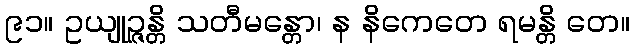
၉၁။ ဥယျုဉ္ဇန္တိ သတီမန္တော၊ န နိကေတေ ရမန္တိ တေ။